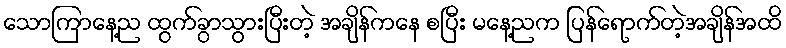
သောကြာနေ့ည ထွက်ခွာသွားပြီးတဲ့ အချိန်ကနေ စပြီး မနေ့ညက ပြန်ရောက်တဲ့အချိန်အထိ